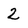
Character: 2